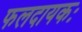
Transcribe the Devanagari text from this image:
फलदायकः